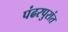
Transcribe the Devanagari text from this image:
पंढरपुरांत